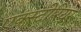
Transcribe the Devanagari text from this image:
एक्स्टीरियर